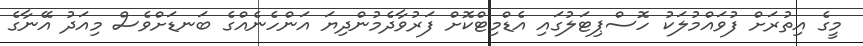
މީގެ އިތުރަށް ފުވައްމުލަކު ހޮސްޕިޓަލުގައި އެޑްމިޓްކޮށް ފަރުވާދެމުންދިޔަ އަންހެނެއްގެ ބަނޑަށްވެސް މިއަދު އޭނާގެ